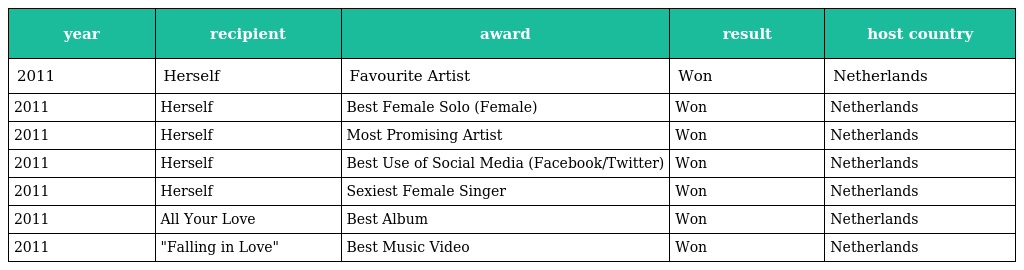
| year | recipient | award | result | host country |
 | --- | --- | --- | --- | --- |
 | 2011 | Herself | Favourite Artist | Won | Netherlands |
 | 2011 | Herself | Best Female Solo (Female) | Won | Netherlands |
 | 2011 | Herself | Most Promising Artist | Won | Netherlands |
 | 2011 | Herself | Best Use of Social Media (Facebook/Twitter) | Won | Netherlands |
 | 2011 | Herself | Sexiest Female Singer | Won | Netherlands |
 | 2011 | All Your Love | Best Album | Won | Netherlands |
 | 2011 | "Falling in Love" | Best Music Video | Won | Netherlands |